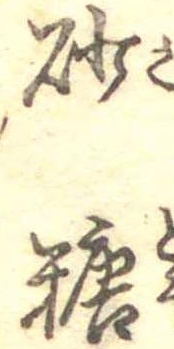
砂糖